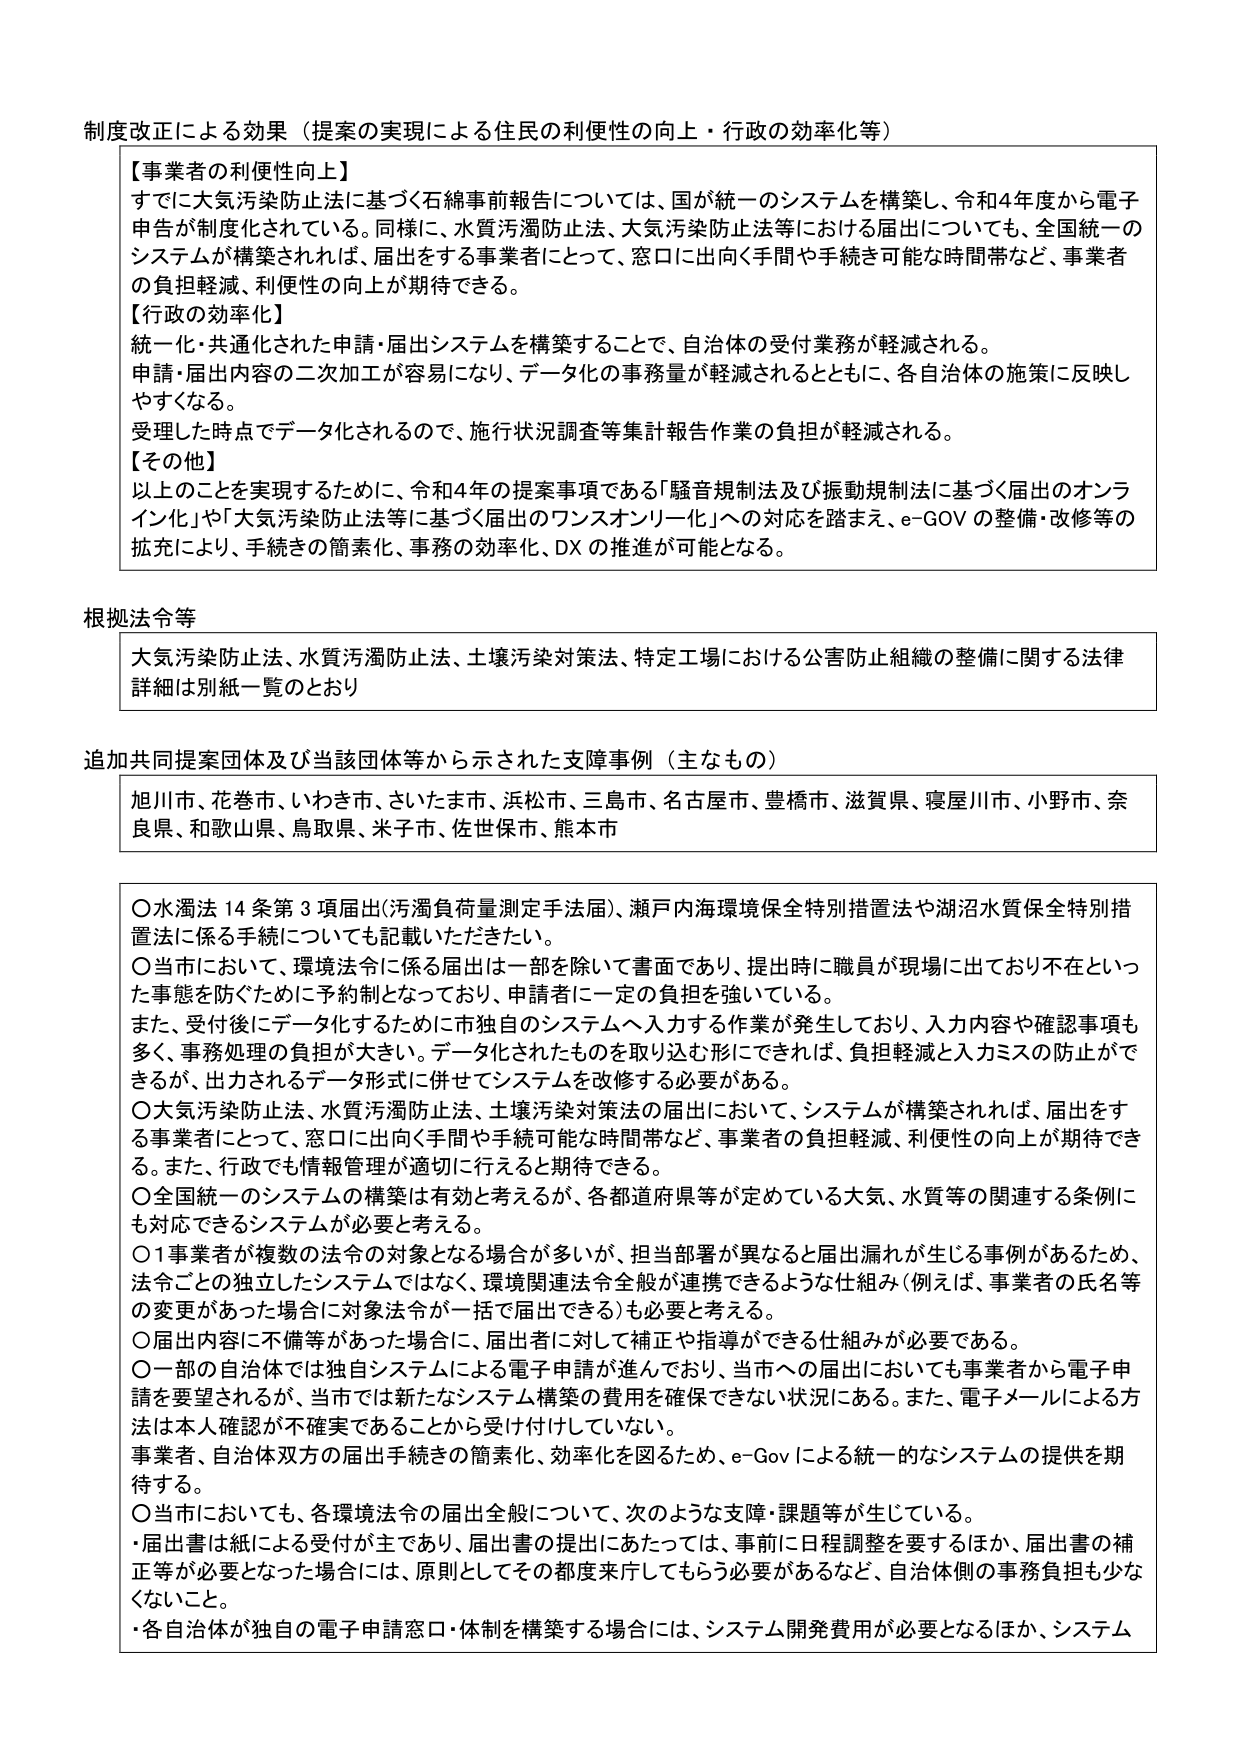
制度改正による効果（提案の実現による住民の利便性の向上・行政の効率化等）

【事業者の利便性向上】
すでに大気汚染防止法に基づく石綿事前報告については、国が統一のシステムを構築し、令和4年度から電子申告が制度化されている。同様に、水質汚濁防止法、大気汚染防止法等における届出についても、全国統一のシステムが構築されれば、届出をする事業者にとって、窓口に出向く手間や手続き可能な時間帯など、事業者の負担軽減、利便性の向上が期待できる。

【行政の効率化】
統一化・共通化された申請・届出システムを構築することで、自治体の受付業務が軽減される。
申請・届出内容の二次加工が容易になり、データ化の事務量が軽減されるとともに、各自治体の施策に反映しやすくなる。
受理した時点でデータ化されるので、施行状況調査等集計報告作業の負担が軽減される。

【その他】
以上のことを見実現するために、令和4年の提案事項である「騒音規制法及び振動規制法に基づく届出のオンライン化」や「大気汚染防止法等に基づく届出のワンスオンリー化」への対応を踏まえ、e-GOVの整備・改修等の拡充により、手続きの簡素化、事務の効率化、DXの推進が可能となる。

根拠法令等
大気汚染防止法、水質汚濁防止法、土壌汚染対策法、特定工場における公害防止組織の整備に関する法律
詳細は別紙一覧のとおり

追加共同提案団体及び当該団体等から示された支障事例（主なもの）
旭川市、花巻市、いわき市、さいたま市、浜松市、三島市、名古屋市、豊橋市、滋賀県、寝屋川市、小野市、奈良県、和歌山県、鳥取県、米子市、佐世保市、熊本市

〇水濁法14条第3項届出（汚濁負荷量測定手法届）、瀬戸内海環境保全特別措置法や湖沼水質保全特別措置法に係る手続についても記載いただきたい。
〇当市において、環境法令に係る届出は一部を除いて書面であり、提出時に職員が現場に出ており不在といった事態を防ぐために予約制となっており、申請者に一定の負担を強いている。
また、受付後にデータ化するために市独自のシステムへ入力する作業が発生しており、入力内容や確認事項も多く、事務処理の負担が大きい。データ化されたものを取り込む形にできれば、負担軽減と入力ミスの防止ができるが、出力されるデータ形式に併せてシステムを改修する必要がある。
〇大気汚染防止法、水質汚濁防止法、土壌汚染対策法の届出において、システムが構築されれば、届出をする事業者にとって、窓口に出向く手間や手続可能な時間帯など、事業者の負担軽減、利便性の向上が期待できる。また、行政でも情報管理が適切に行えると期待できる。
〇全国統一のシステムの構築は有効と考えるが、各都道府県等が定めている大気、水質等の関連する条例にも対応できるシステムが必要と考える。
〇1事業者が複数の法令の対象となる場合が多いが、担当部署が異なると届出漏れが生じる事例があるため、法令ごとの独立したシステムではなく、環境関連法令全般が連携できるような仕組み（例えば、事業者の氏名等の変更があった場合に対象法令が一括で届出できる）も必要と考える。
〇届出内容に不備等があった場合に、届出者に対して補正や指導ができる仕組みが必要である。
〇一部の自治体では独自システムによる電子申請が進んでおり、当市への届出においても事業者から電子申請を要望されるが、当市では新たなシステム構築の費用を確保できない状況にある。また、電子メールによる方法は本人確認が不確実であることから受け付けしていない。
事業者、自治体双方の届出手続きの簡素化、効率化を図るため、e-Govによる統一的なシステムの提供を期待する。
〇当市においても、各環境法令の届出全般について、次のような支障・課題等が生じている。
・届出書は紙による受付が主であり、届出書の提出にあたっては、事前に日程調整を要するほか、届出書の補正等が必要となった場合には、原則としてその都度来庁してもらう必要があるなど、自治体側の事務負担も少なくないこと。
・各自治体が独自の電子申請窓口・体制を構築する場合には、システム開発費用が必要となるほか、システム